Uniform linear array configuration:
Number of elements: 12
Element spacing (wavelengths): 0.75
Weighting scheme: uniform
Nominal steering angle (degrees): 60
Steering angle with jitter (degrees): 59.138
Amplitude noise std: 0.05
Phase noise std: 0.05

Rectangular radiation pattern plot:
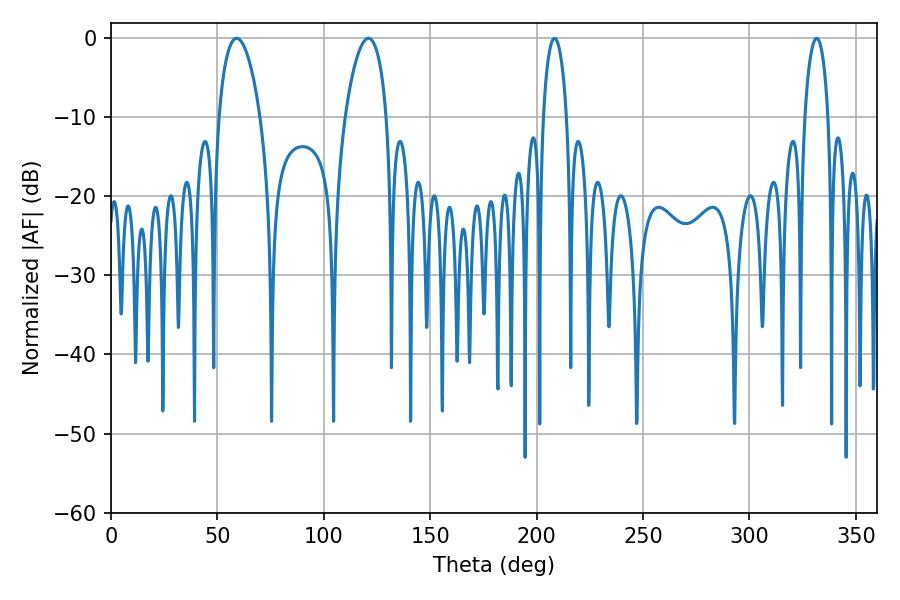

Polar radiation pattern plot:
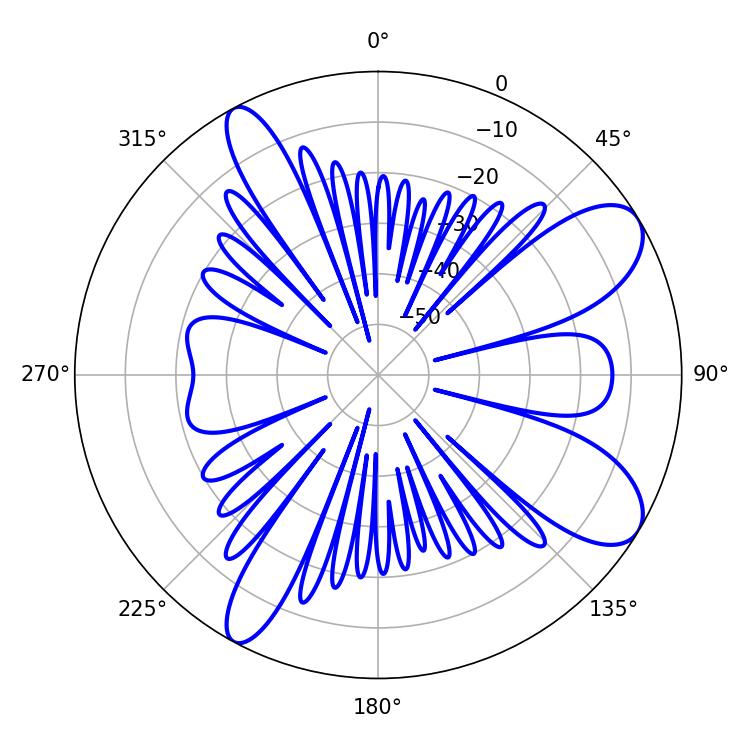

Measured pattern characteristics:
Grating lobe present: TRUE
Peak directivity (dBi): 9.147
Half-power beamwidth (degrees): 10.98
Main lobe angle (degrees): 120.96